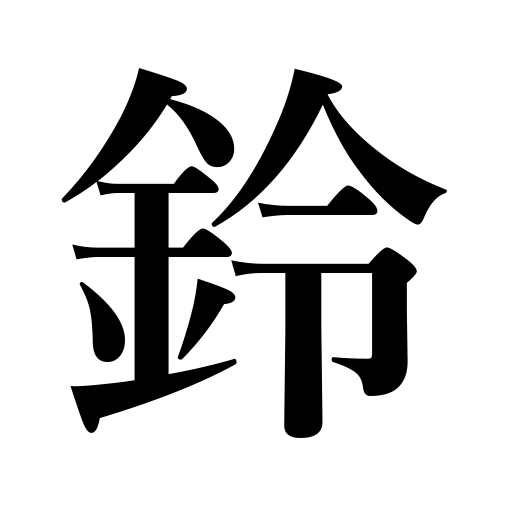
Meanings: buzzer,bell,hand bell